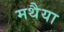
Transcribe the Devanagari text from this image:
मथैया